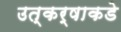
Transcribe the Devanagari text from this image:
उत्कर्षाकडे